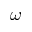
\omega